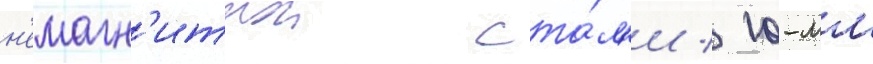
н'емагн'итнои ста́л'и / 10-мм